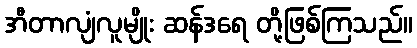
အီတာလျံလူမျိုး ဆန်ဒရေ တို့ဖြစ်ကြသည်။